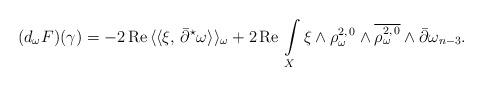
LaTeX: \begin{align*} (d_{\omega}F)(\gamma) = -2\,\mbox{Re}\,\langle\langle \xi,\,\bar\partial^{\star}\omega\rangle\rangle_\omega + 2\,\mbox{Re}\,\int\limits_X \xi\wedge\rho_\omega^{2,\,0}\wedge\overline{\rho_\omega^{2,\,0}}\wedge\bar\partial\omega_{n-3}.\end{align*}